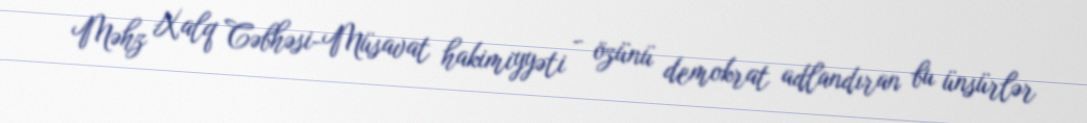
Məhz Xalq Cəbhəsi-Müsavat hakimiyyəti - özünü demokrat adlandıran bu ünsürlər